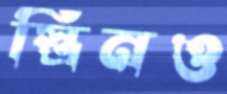
স্ত্রিনও